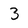
Character: 3